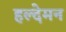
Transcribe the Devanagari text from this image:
हल्देमन